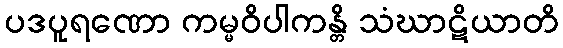
ပဒပူရဏော ကမ္မဝိပါကန္တိ သံဃာဋိယာတိ